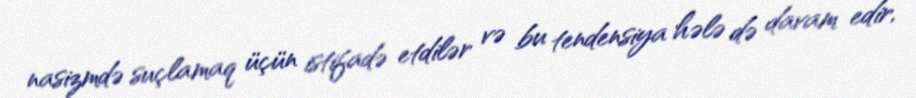
nasizmdə suçlamaq üçün istifadə etdilər və bu tendensiya hələ də davam edir,